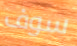
سوف